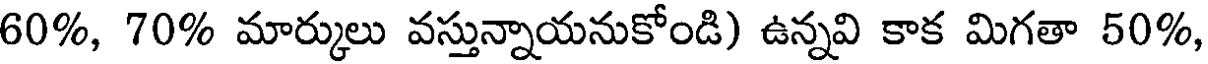
60%, 70% మార్కులు వస్తున్నాయనుకోండి) ఉన్నవి కాక మిగతా 50%,